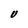
Character: U